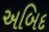
અબિદ